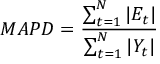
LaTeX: \ M A P D = { \frac { \sum _ { t = 1 } ^ { N } | E _ { t } | } { \sum _ { t = 1 } ^ { N } | Y _ { t } | } }